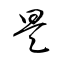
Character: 昊